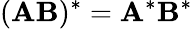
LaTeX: (\mathbf{AB})^{*}=\mathbf{A}^{*}\mathbf{B}^{*}